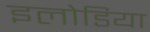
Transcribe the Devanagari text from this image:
इलोडिया